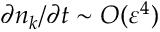
\partial n _ { k } / \partial t \sim O ( \varepsilon ^ { 4 } )